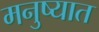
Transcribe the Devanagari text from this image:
मनुष्यात